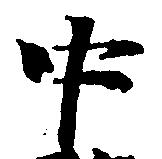
中